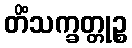
တိံသက္ခတ္တုဉ္စ